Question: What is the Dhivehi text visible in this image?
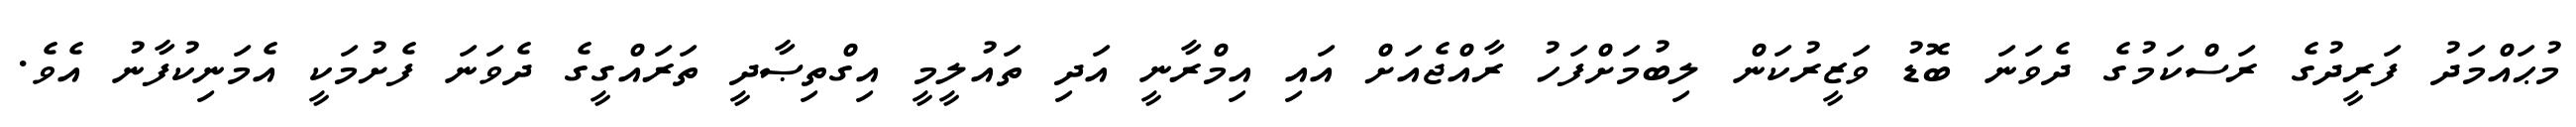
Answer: މުޙައްމަދު ފަރީދުގެ ރަސްކަމުގެ ދެވަނަ ބޮޑު ވަޒީރުކަން ލިބުމަށްފަހު ރާއްޖެއަށް އައި އިމްރާނީ އަދި ތައުލީމީ އިގްތިޞާދީ ތަރައްގީގެ ދެވަނަ ފެށުމަކީ އެމަނިކުފާނު އެވެ.